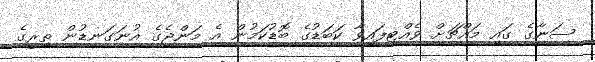
ސަނާގެ ގައި މައްޗަށް ވެއްޓިފައިވާ ކަބަޑުގެ ބޮޑުކަމުން އެ މަންޖެގެ އުނަގަނޑުން ތިރީގެ